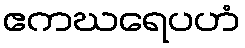
ဧကဃရေပဟံ